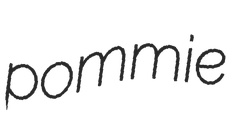
pommie